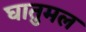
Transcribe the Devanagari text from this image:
घातुमल